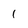
Character: 1